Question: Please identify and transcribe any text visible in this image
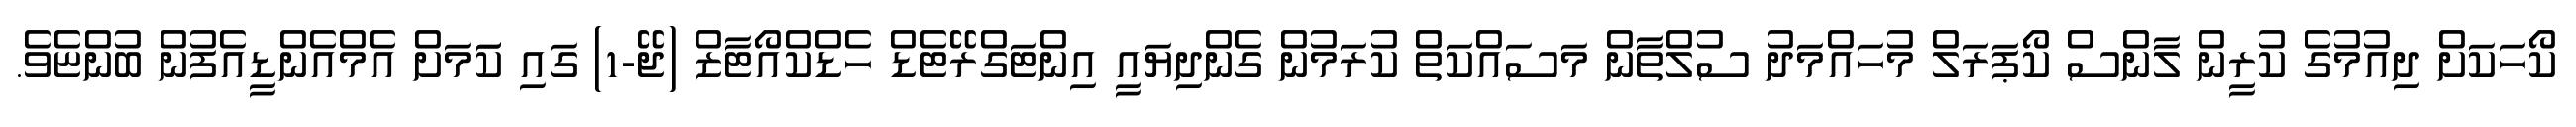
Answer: ކޯހަކަށް ދިއުމުގެ ކުރީން ލާންސް ކޯޕަރަލް މުހައްމަދު ސުލްތާން މަސައްކަތް ކުރަމުން ގެންދިޔައީ އިންޓަގްރޭޓެޑް ހެޑްކްއޯޓާޒް (ޖޭ-1) ގައި ކަަމަށް އެމްއެންޑީއެފުން ބުންޏެވެ.